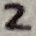
Text: 2